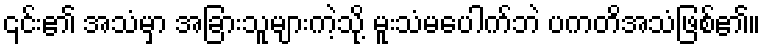
၎င်း၏ အသံမှာ အခြားသူများကဲ့သို့ မူးသံမပေါက်ဘဲ ပကတိအသံဖြစ်၏။